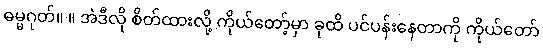
ဓမ္မဂုတ်။ ။ အဲဒီလို စိတ်ထားလို့ ကိုယ်တော့်မှာ ခုထိ ပင်ပန်းနေတာကို ကိုယ်တော်